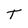
Character: T